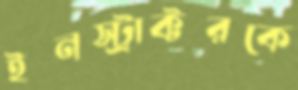
ইনস্ট্রাক্টরকে